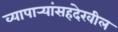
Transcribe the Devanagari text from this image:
व्यापार्‍यांसहदेखील